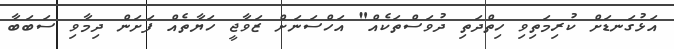
އަޅުގަނޑަށް ކުރިމަތިވި ހިތްދަތި ދުވަސްތަކެއް" އަހްސަނަށް ޒަވާޖީ ހަޔާތެއް ފަށަން ދިމާވި ސަބަބާ